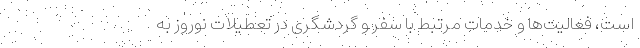
است، فعالیت‌ها و خدمات مرتبط با سفر و گردشگری در تعطیلات نوروز به